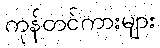
ကုန်တင်ကားများ